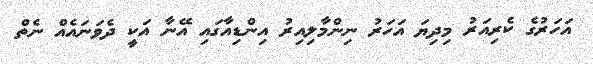
އަހަރުގެ ކެރިއަރު މިދިޔަ އަހަރު ނިންމާލިއިރު އިންޑިއާގައި އޭނާ އަކީ ދެވަނައެއް ނެތް